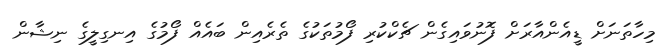
މިހާތަނަށް ޑީއެންއާރަށް ފޮނުވައިގެން ޗެކްކުރި ފޯމުތަކުގެ ތެރެއިން ބައެއް ފޯމުގެ އިނގިލީގެ ނިޝާން